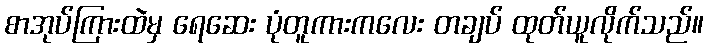
စာအုပ်ကြားထဲမှ ရေဆေး ပုံတူကားကလေး တချပ် ထုတ်ယူလိုက်သည်။